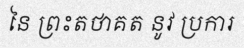
នៃ ព្រះតថាគត នូវ ប្រការ